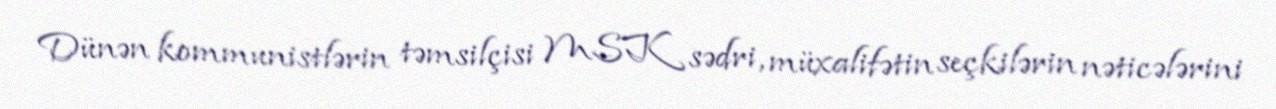
Dünən kommunistlərin təmsilçisi MSK sədri, müxalifətin seçkilərin nəticələrini